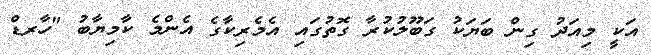
އަކީ މިއަދު ގިން ބަޔަކު ގަބޫލުކުރާ ގޮތުގައި އެމެރިކާގެ އެންމެ ކާމިޔާބު "ހާރޑް